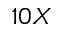
1 0 X